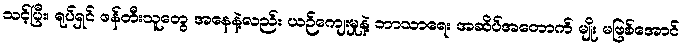
သင့်ပြီး၊ ရုပ်ရှင် ဖန်တီးသူတွေ အနေနဲ့လည်း ယဉ်ကျေးမှုနဲ့ ဘာသာရေး အဆိပ်အတောက် မျိုး မဖြစ်အောင်